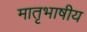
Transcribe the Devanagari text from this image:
मातृभाषीय